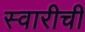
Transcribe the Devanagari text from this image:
स्वारीची